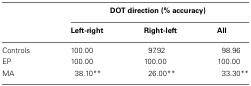
|  | <COLSPAN=3> DOT direction (% accuracy) |
 |  | Left-right | Right-left | All |
 | --- | --- | --- | --- |
 | Controls | 100.00 | 97.92 | 98.96 |
 | EP | 100.00 | 100.00 | 100.00 |
 | MA | 38.10** | 26.00** | 33.30** |